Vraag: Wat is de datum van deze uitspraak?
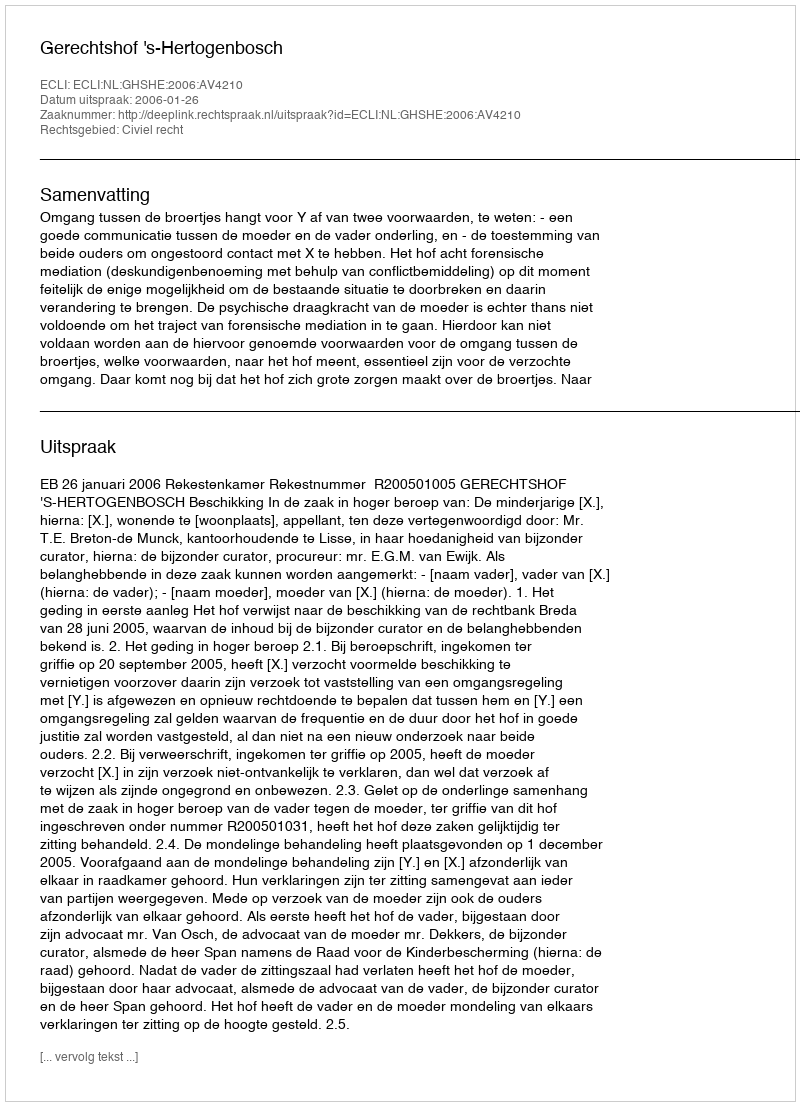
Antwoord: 2006-01-26